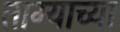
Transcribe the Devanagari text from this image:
ताग्याच्या